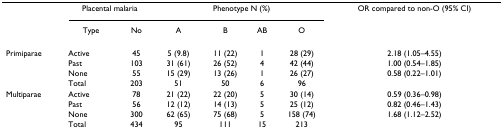
|  | <COLSPAN=2> Placental malaria | <COLSPAN=4> Phenotype N (%) | OR compared to non-O (95% CI) |
 |  | Type | No | A | B | AB | O |  |
 | --- | --- | --- | --- | --- | --- | --- | --- |
 | Primiparae | Active | 45 | 5 (9.8) | 11 (22) | 1 | 28 (29) | 2.18 (1.05–4.55) |
 |  | Past | 103 | 31 (61) | 26 (52) | 4 | 42 (44) | 1.00 (0.54–1.85) |
 |  | None | 55 | 15 (29) | 13 (26) | 1 | 26 (27) | 0.58 (0.22–1.01) |
 |  | Total | 203 | 51 | 50 | 6 | 96 |  |
 | Multiparae | Active | 78 | 21 (22) | 22 (20) | 5 | 30 (14) | 0.59 (0.36–0.98) |
 |  | Past | 56 | 12 (12) | 14 (13) | 5 | 25 (12) | 0.82 (0.46–1.43) |
 |  | None | 300 | 62 (65) | 75 (68) | 5 | 158 (74) | 1.68 (1.12–2.52) |
 |  | Total | 434 | 95 | 111 | 15 | 213 |  |